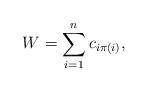
LaTeX: \begin{align*} W = \sum_{i=1}^n c_{i\pi(i)}, \end{align*}